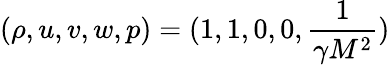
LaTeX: (\rho,u,v,w,p)=(1,1,0,0,\frac{1}{\gamma M^{2}})